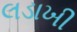
લડાખી